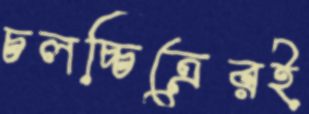
চলচ্চিত্রেরই